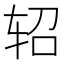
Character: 轺